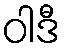
ဝါဒီ